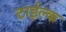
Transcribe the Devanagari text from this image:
टाईल्क